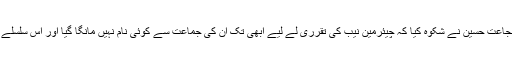
پاکستان مسلم لیگ ق کے صدر چوہدری شجاعت حسین نے شکوہ کیا کہ چیئرمین نیب کی تقرری لے لیے ابھی تک ان کی جماعت سے کوئی نام نہیں مانگا گیا اور اس سلسلے میں اب تک کوئی رابطہ بھی نہیں کیا گیا۔